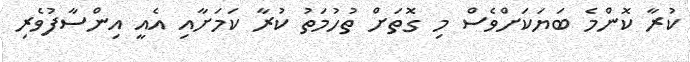
ކުރާ ކޮންމެ ބަޔަކަށްވެސް މި ގޮތަށް ތުހުމަތު ކުރާ ކަމަށާއި އެއީ އިންސާފުވެރި